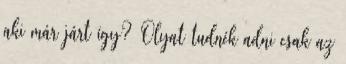
aki már járt így? Olyat tudnék adni csak az